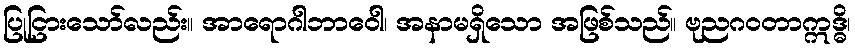
ပြုငြားသော်လည်း။ အာရောဂါဘာဝေါ၊ အနာမရှိသော အဖြစ်သည်။ ဗုညဂဝတာဣဒ္ဓိ၊